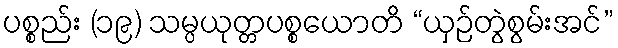
ပစ္စည်း (၁၉) သမ္ပယုတ္တပစ္စယောတိ “ယှဉ်တွဲစွမ်းအင်”